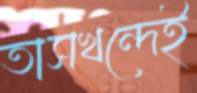
তাসখন্দেই